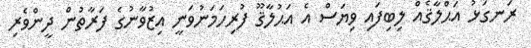
ރަނގަޅު އަޙްލާޤެއް ލިބިފައި ވިޔަސް އެ އަޙުލާޤޫ ފުރިހަމަނުވަނީ އިޒުވާނުގެ ފަރާތުން ދީންވެރި